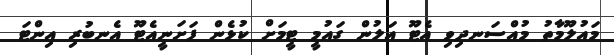
މައުލޫމާތު މުއްސަނދިވި އެޓޫ އަލުން ގައުމީ ޓީމަށް ކުޅެން ފަށަނީއެޓޫ އެނބުރި އިންޓަ